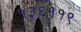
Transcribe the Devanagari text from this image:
१३६११९